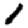
Digit: 1